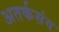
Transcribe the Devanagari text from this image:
अतर्कसंग